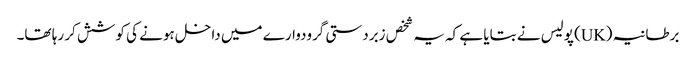
برطانیہ (UK) پولیس نے بتایا ہے کہ یہ شخص زبردستی گرودوارے میں داخل ہونے کی کوشش کر رہا تھا۔